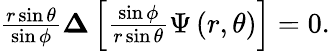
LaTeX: \begin{array}{r}{\frac{r\sin\theta}{\sin\phi}\boldsymbol{\Delta}\left[\frac{\sin\phi}{r\sin\theta}\Psi\left(r,\theta\right)\right]=0.}\end{array}